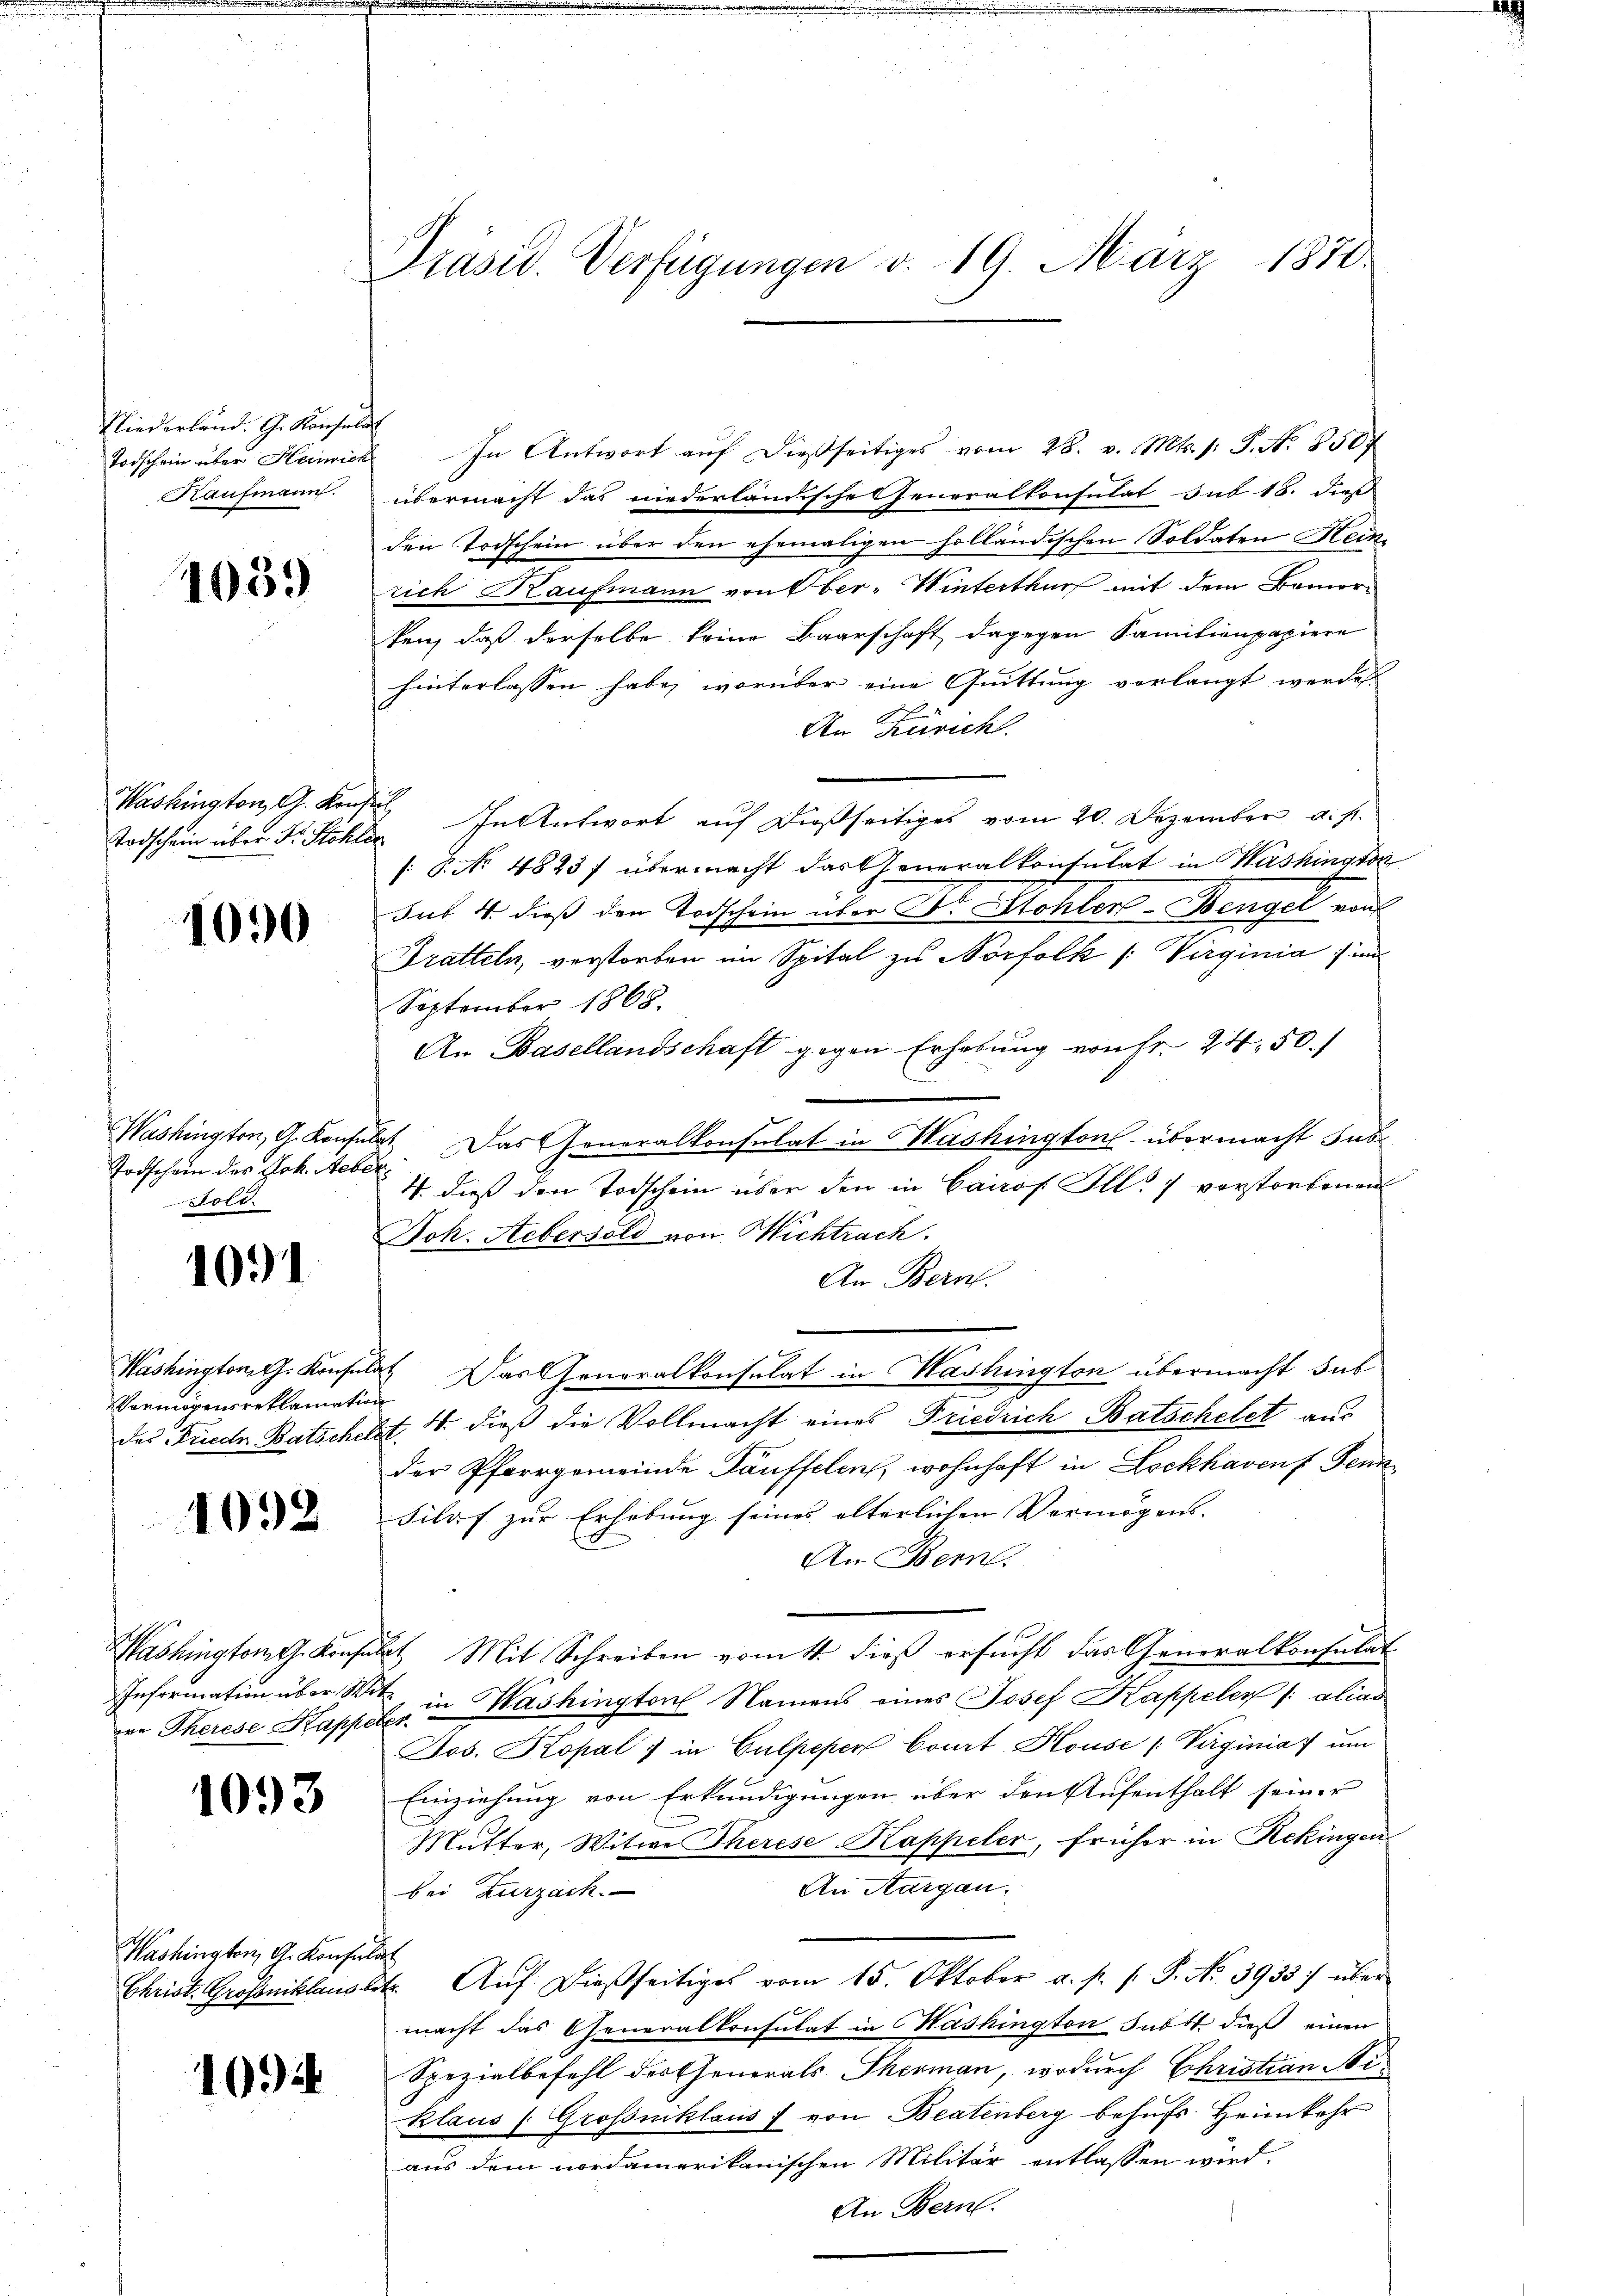
Niederland. G. Konsula
Todschein über Herrich
Kaufmann.

1039

Washington G. Kons.
Todschein über Dr. Stöhle

1090

Washington, G. Konfe
Todschein des Joh. Aebe
ol

1091

Washington, Th. Konfel
Vermögensreklamatio
des Friede Batschei

1092

re Therese Kappeler

1093

Washington, G. Konsul

1094

Präsid. Verfügungen v. 19. März 1870.

s
In Antwort auf dießseitiges vom 28. v. Mts. s. S. N. 850f
übermacht das niederländische Generalkonsulat sub 18. dieß
den Todschein über den ehemaligen holländischen Soldaten Heini
rich Kaufmann von Ober-Winterthur mit dem Bemerten, daß derselbe keine Baarschaft dagegen Familienpapiere
hinterlassen habe, worüber eine Quittung verlangt werden
An Zürich
 In Antwort auf dießseitiges vom 20. Dezember a. s.
e
[: P. No 4823/ übermacht das Generalkonsulat in Washington
Sus 4. dieß den Todschein über Dr. Stohler-Bengel von
Tratteln, verstorben im Spital zu Norfolk /: Virginia im
September 1865.
An Basellandschaft gegen Erhebung von Fr. 24. 50.
. Das Generalkonsulat in Washington übermacht sub
4. dieß den Todschein über den in Cairos Ill. 7 verstorbenen
Joh. Aebersold von Wichtrach.
An Bern.
2t Das Generalkonsulat in Washington übermacht, sub
e
t 4. dieß die Vollmacht eines Friedrich Batschelet aus
der Pfarrgemeinde Täuffelen, wohnhaft in Lockhavenf Senn¬
Silaf zur Erhebung seines alterlichen Vermögens-
An Bern.
Washington G. Konsulat Mit Schreiben vom 4. dieß ersucht das Generalkonsulat
Information über Wit, in Washington Namens eines Josef Kappeler /: alias
Jos. Kopal) in Culpeper Court Kouse (Virginia um
Einziehung von Erkundigungen über den Aufenthalt seiner
Mutter, Witwe Therese Kappeler, früher in Rekingen
An Aargau.
bei Zurzach
u
Christ. Grossniklaustr. Aŭf dießseitiges vom 15. Oktober a. p. p. P. No. 3933. über
macht das Generalkonsulat in Cashington subst dieß einen
Spezialbefehl des Generals Therman, wodurch Christian Niklaus (Grossniklaus : von Beatenberg behufs Heimkehr
aus dem nordamerikanischen Militär entlassen wird.
An Bern.